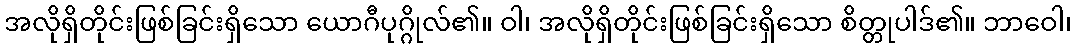
အလိုရှိတိုင်းဖြစ်ခြင်းရှိသော ယောဂီပုဂ္ဂိုလ်၏။ ဝါ၊ အလိုရှိတိုင်းဖြစ်ခြင်းရှိသော စိတ္တုပါဒ်၏။ ဘာဝေါ၊